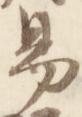
易